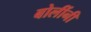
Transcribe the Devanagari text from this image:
बोलींनी